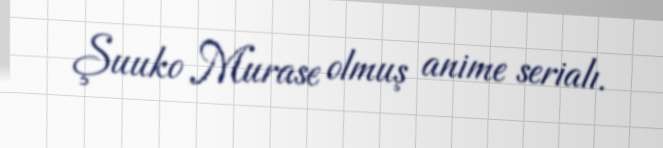
Şuuko Murase olmuş anime serialı.